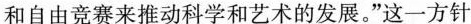
和自由竞赛来推动科学和艺术的发展。”这一方针